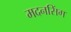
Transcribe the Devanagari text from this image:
मदनसिंग